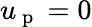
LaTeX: u_{\mathrm{~p~}}=0